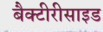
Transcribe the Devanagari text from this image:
बैक्टीरीसाइड